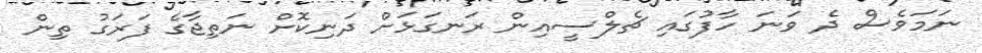
ނަމަވެސް ދެ ވަނަ ހާފުގައި ޗެލްސީއިން ރަނގަަޅަށް ދަނިކޮށް ނަތިޖާގެ ފަރަގު ތިން